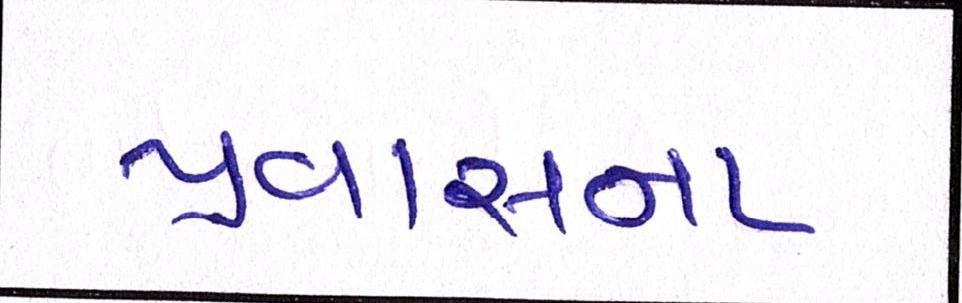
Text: પ્રવાસના